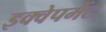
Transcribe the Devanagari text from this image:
इक्वेपमेंट